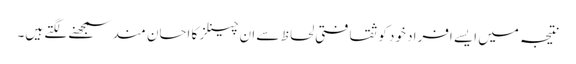
نتیجہ میں ایسے افراد خود کو ثقافتی لحاظ سے ان چینلز کا احسان مند سمجھنے لگتے ہیں۔